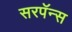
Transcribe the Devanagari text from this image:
सरपॅन्स